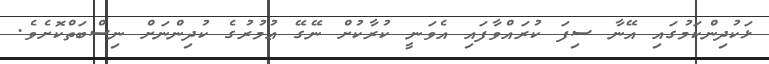
ޅަކުދިންކަމުގައި އޭނާ ސިފަ ކުރައްވާފައި އެވަނީ ކުރާކުށް ނޭގޭ ޢުމުރުގެ ކުދިންނަށް ނިސްބަތްކޮށެވެ.